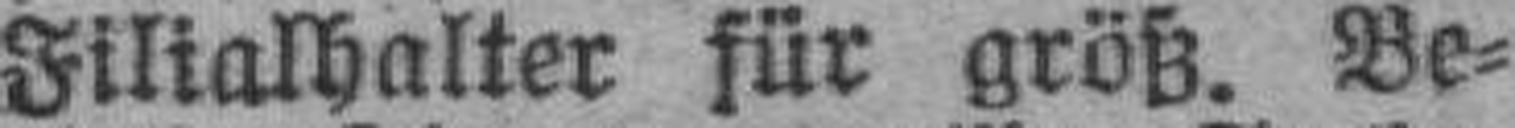
Filialhalter für größ. Be¬